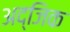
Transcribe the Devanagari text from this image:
अद्जिक